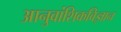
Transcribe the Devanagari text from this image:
आनुवांशिकविज्ञान